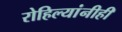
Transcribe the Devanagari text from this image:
रोहिल्यांनीही